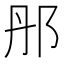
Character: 䢷